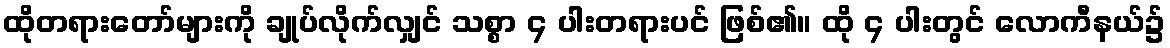
ထိုတရားတော်များကို ချုပ်လိုက်လျှင် သစ္စာ ၄ ပါးတရားပင် ဖြစ်၏။ ထို ၄ ပါးတွင် လောကီနယ်၌